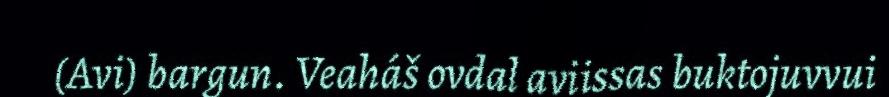
(Avi) bargun. Veaháš ovdal aviissas buktojuvvui